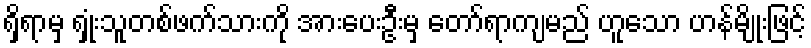
ရှိရာမှ ရှုံးသူတစ်ဖက်သားကို အားပေးဦးမှ တော်ရာကျမည် ဟူသော ဟန်မျိုးဖြင့်